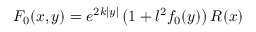
F _ { 0 } ( x , y ) = e ^ { 2 k | y | } \left( 1 + l ^ { 2 } f _ { 0 } ( y ) \right) R ( x )